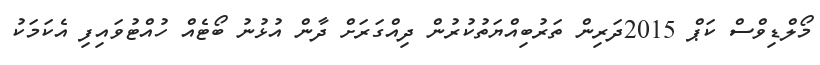
މޯލްޑިވްސް ކަޕް 2015ދަރިން ތަރުބިއްޔަތުކުރުން ދިއްގަރަށް ދާން އުޅުނު ބޯޓެއް ހުއްޓުވައިފި އެކަމަކު